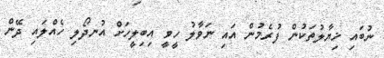
ނުބައި ޚިޔާލުތަކުން ފުރެމުން އައި ނަވާލު ހީވީ އިބިލީހަށް އުނދޯލި ހެއްލައި ދޭން